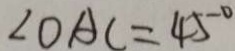
\angle O A C = 4 5 ^ { \circ }